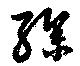
繰